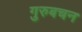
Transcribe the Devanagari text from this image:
गुरुबचन